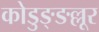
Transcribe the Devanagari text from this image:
कोडुङ्ङल्लूर